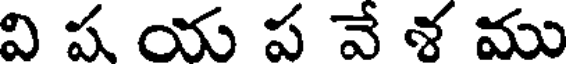
వి ష య ప వే శ ము